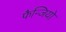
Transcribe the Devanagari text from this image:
फैन्जियो